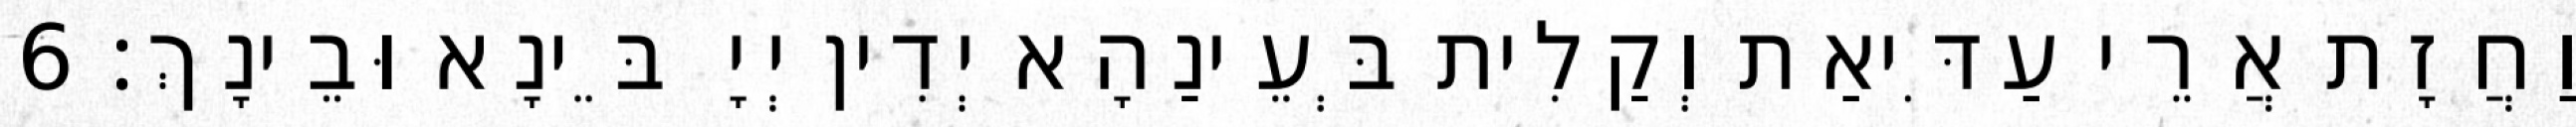
וַחֲזָת אֲרֵי עַדִּיאַת וְקַלִית בְּעֵינַהָא יְדִין יְיָ בֵּינָא וּבֵינָךְ׃ 6